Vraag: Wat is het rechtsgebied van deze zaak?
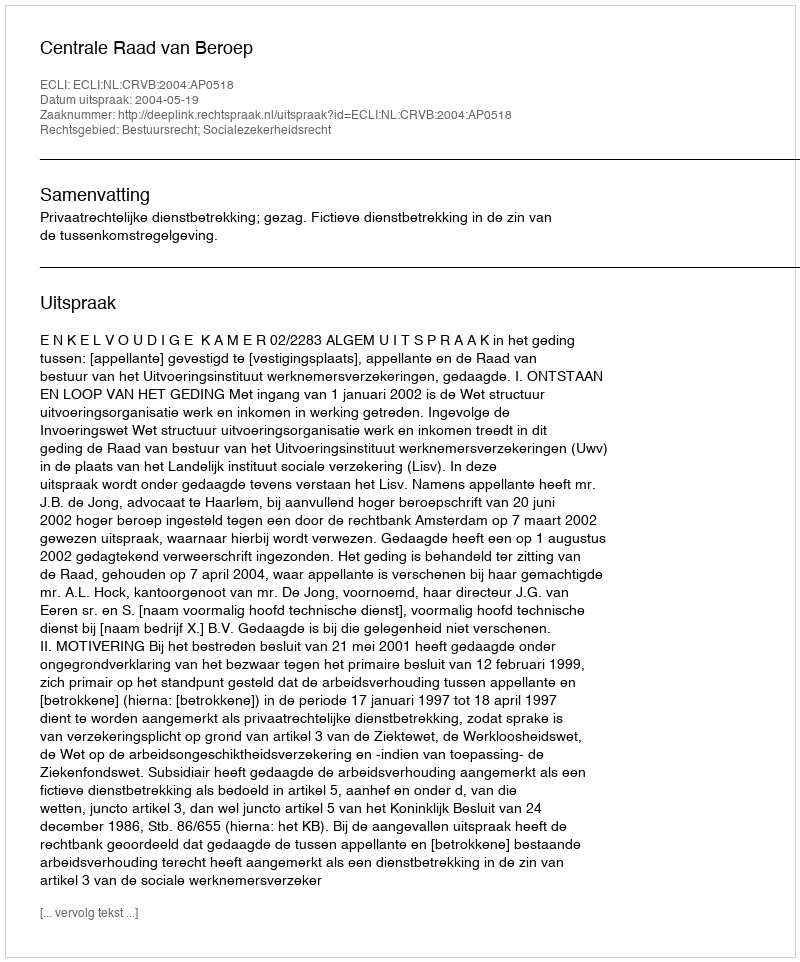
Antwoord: Bestuursrecht; Socialezekerheidsrecht